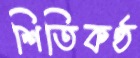
শিতিকণ্ঠ